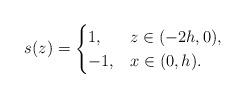
LaTeX: \begin{align*}s(z)=\begin{cases}1, & z\in (-2h,0), \\-1, & x\in (0,h).\end{cases}\end{align*}